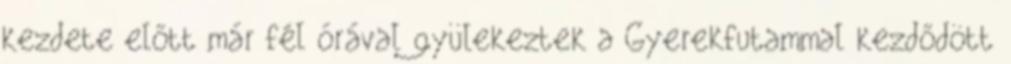
kezdete előtt már fél órával gyülekeztek a Gyerekfutammal kezdődött